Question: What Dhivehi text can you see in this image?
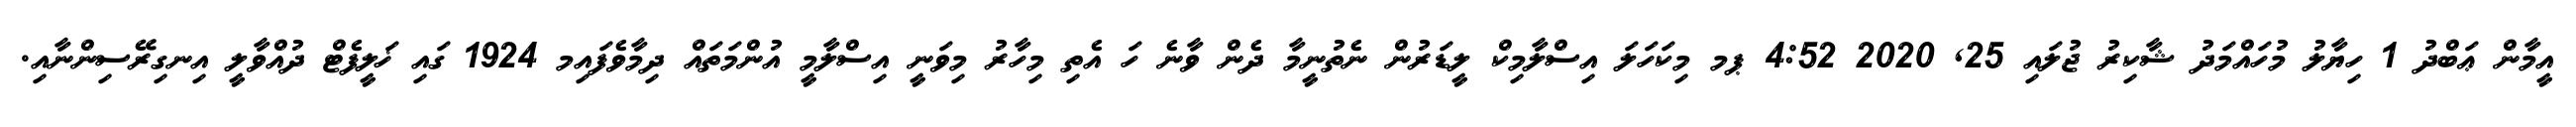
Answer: އީމާން ޢަބްދު 1 ހިޔާލު މުހައްމަދު ޝާކިރު ޖުލައި 25, 2020 4:52 ޕމ މިކަހަލަ އިސްލާމިކް ލީޑަރުން ނެތުނީމާ ދެން ވާނެ ހަ އެތި މިހާރު މިވަނީ އިސްލާމީ އުންމަތައް ދިމާވެފައިމ 1924 ގައި ޚަލީފެޓް ދުއްވާލީ އިނގިރޭސިންނާއި.